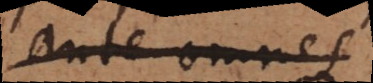
ante omnes